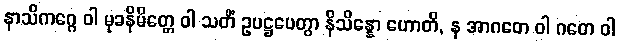
နာသိကဂ္ဂေ ဝါ မုခနိမိတ္တေ ဝါ သတိံ ဥပဋ္ဌပေတွာ နိသိန္နော ဟောတိ, န အာဂတေ ဝါ ဂတေ ဝါ